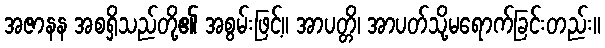
အဇာနန အစရှိသည်တို့၏ အစွမ်းဖြင့်။ အာပတ္တိ၊ အာပတ်သို့မရောက်ခြင်းတည်း။